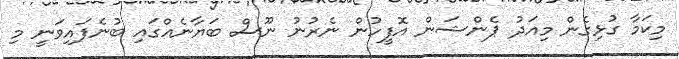
މިކަމާ ގުޅިގެން މިއަދު ޕެންޝަން އޮފީހުން ނެރުނު ނޫސް ބަޔާނެއްގައި ބުނެފައިވަނީ މި